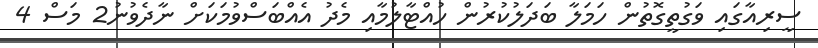
ސީރިއާގައި ވަގުތީގޮތުން ހަމަލާ ބަދަލުކުރުން ހުއްޓާލުމާއި މެދު އެއްބަސްވުމަކަށް ނާދެވުނު2 މަސް 4